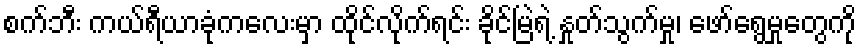
စက်ဘီး ကယ်ရီယာခုံကလေးမှာ ထိုင်လိုက်ရင်း ခိုင်မြဲရဲ့ နှုတ်သွက်မှု၊ ဖော်ရွေမှုတွေကို